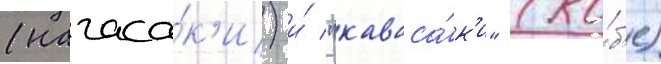
(нагаса́к'и) и́ "каваса́к'и" (ко́б'е)